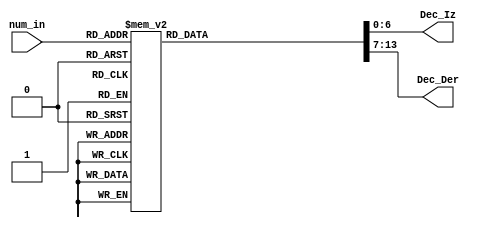
module Decod_Gray (
    input [3:0] num_in,
    output reg [6:0] Dec_Iz,
    output reg [6:0] Dec_Der
);
    always @(*) begin
        case (num_in)
               4'd0 : begin Dec_Iz = 7'b0000000; Dec_Der = 7'b1111110; end // Gray 0
               4'd1 : begin Dec_Iz = 7'b0000000; Dec_Der = 7'b0110000; end // Gray 1
               4'd2 : begin Dec_Iz = 7'b0000000; Dec_Der = 7'b1111001; end // Gray 3
               4'd3 : begin Dec_Iz = 7'b0000000; Dec_Der = 7'b1101101; end // Gray 2
               4'd4 : begin Dec_Iz = 7'b0000000; Dec_Der = 7'b1011111; end // Gray 6
               4'd5 : begin Dec_Iz = 7'b0000000; Dec_Der = 7'b1110000; end // Gray 7
               4'd6 : begin Dec_Iz = 7'b0000000; Dec_Der = 7'b1011011; end // Gray 5
               4'd7 : begin Dec_Iz = 7'b0000000; Dec_Der = 7'b0110011; end // Gray 4
               4'd8 : begin Dec_Iz = 7'b0110000; Dec_Der = 7'b1101101; end // Gray 12
               4'd9 : begin Dec_Iz = 7'b0110000; Dec_Der = 7'b1111001; end // Gray 13
               4'd10: begin Dec_Iz = 7'b0110000; Dec_Der = 7'b1011011; end // Gray 15
               4'd11: begin Dec_Iz = 7'b0110000; Dec_Der = 7'b0110011; end // Gray 14
               4'd12: begin Dec_Iz = 7'b0110000; Dec_Der = 7'b1111110; end // Gray 10
               4'd13: begin Dec_Iz = 7'b0110000; Dec_Der = 7'b0110000; end // Gray 11
               4'd14: begin Dec_Iz = 7'b0000000; Dec_Der = 7'b1111011; end // Gray 9
               4'd15: begin Dec_Iz = 7'b0000000; Dec_Der = 7'b1111111; end // Gray 8
            default : begin Dec_Iz = 7'b0000000; Dec_Der = 7'b0000000; end // Todos apagados default
        endcase
    end
endmodule